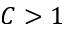
C > 1